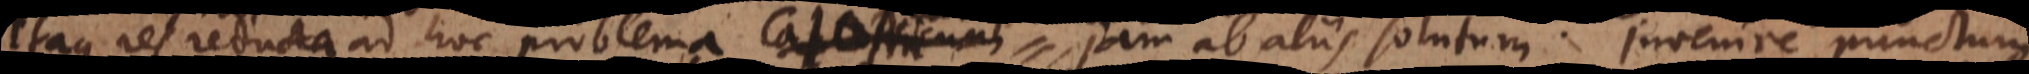
Itaque res reducta ad hoc problema Catoptricum jam ab aliis solutum. Invenire punctum